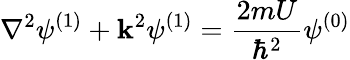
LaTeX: \nabla^{2}\psi^{(1)}+\mathbf{k}^{2}\psi^{(1)}={\frac{{2mU}}{{\hbar^{2}}}}\psi^{(0)}